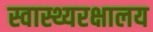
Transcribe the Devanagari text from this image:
स्वास्थ्यरक्षालय